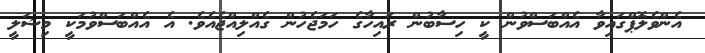
އެންވެލޮޕްގައިވާ އެއްބަސްވުން ކީ ހިސާބުން ރައިހާގެ ހަމަޖެހުން ގެއްލިއްޖެއެވެ. އެ އެއްބަސްވުމަކީ މިޝަލީ